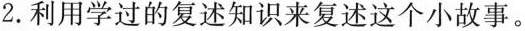
2.利用学过的复述知识来复述这个小故事。